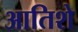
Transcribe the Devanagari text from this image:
आतिशे